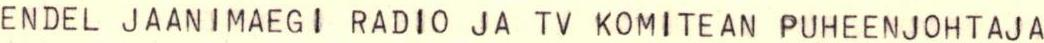
ENDEL JAANIMAEGI RADIO JA TV KOMITEAN PUHEENJOHTAJA